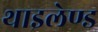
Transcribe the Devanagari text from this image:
थाइलेण्ड